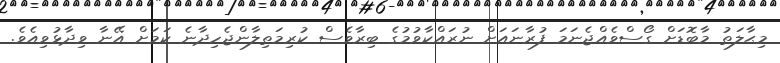
މިޙާލަތު މާބޮޑަށް ގޯސްވެއްޖެނަމަ ފުރާނައަށް ނުރައްކާވުމުގެ ބިރާވެސް ކުރިމަތިލާންޖެހިދާނެ ކަމަށް އޭނާ ވިދާޅުވިއެވެ.